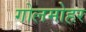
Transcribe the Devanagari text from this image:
गोलमोहर